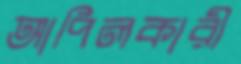
আপিলকারী